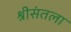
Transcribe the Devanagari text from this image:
श्रीसंतला